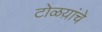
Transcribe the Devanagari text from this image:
टोळय़ांचे